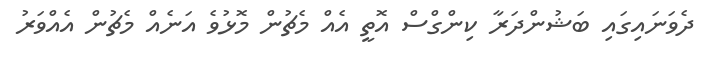
ދެވަނައިގައި ބަޝުންދަރާ ކިންގްސް އޮތީ އެއް މެޗުން މޮޅުވެ އަނެއް މެޗުން އެއްވަރު